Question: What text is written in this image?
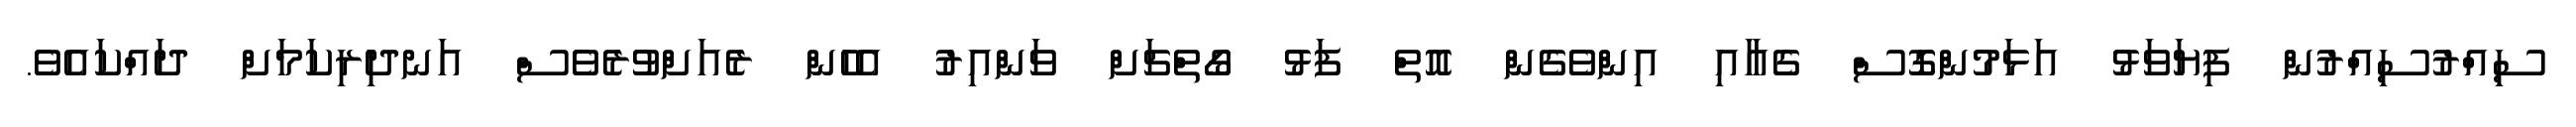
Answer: ސިއްރުސިއްރުން ފިޔަވަޅު އަޅަމުންގޮސް ގެއާއި އިންވެގެން އޮތް ފަޅު ގޯތްޗަށް ވަންއިރު އެހެން ރެއަށްވުރެވެސް އަނދިރިކަމަށް ދައްކައެވެ.